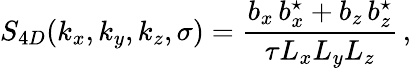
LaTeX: S_{4D}(k_{x},k_{y},k_{z},\sigma)=\frac{b_{x}\, b_{x}^{\star}+b_{z}\, b_{z}^{\star}}{\tau L_{x}L_{y}L_{z}}\, ,